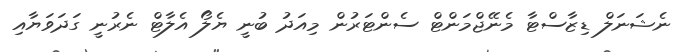
ނެޝަނަލް ޑިޒާސްޓާ މެނޭޖްމަންޓް ސެންޓަރުން މިއަދު ބުނީ ޔެލޯ އެލާޓް ނެރުނީ ގަދަވަޔާއި